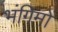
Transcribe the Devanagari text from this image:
भंगिमों